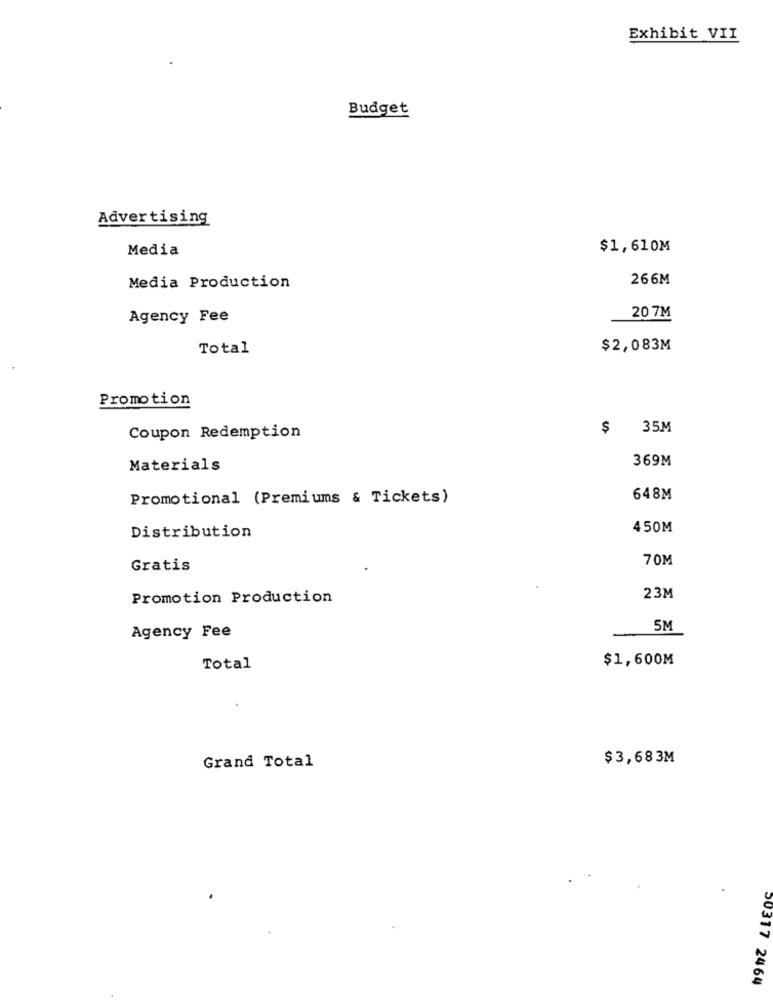
Exhibit VII
Budget
Advertising
Media
$1,610M
266M
Media Production
Agency Fee
20 7M
Total
$2,083M
Promotion
$ 35M
Coupon Redemption
369M
Materials
Promotional (Premiums & Tickets)
648M
450M
Distribution
70M
Gratis
Promotion Production
23M
5M
Agency Fee
$1,600M
Total
$3,683M
Grand Total
50317 2464